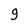
Character: 9